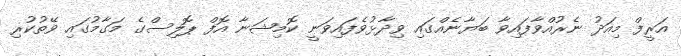
އަރީފް މިއަދު ނެރުއްވާފައިވާ ބަޔާނެއްގައި ވިދާޅުވެފައިވަނީ ކޮމިޝަނާ އޮފް ޕޮލިސްގެ މަގާމުގައި ވޭތުކުރި